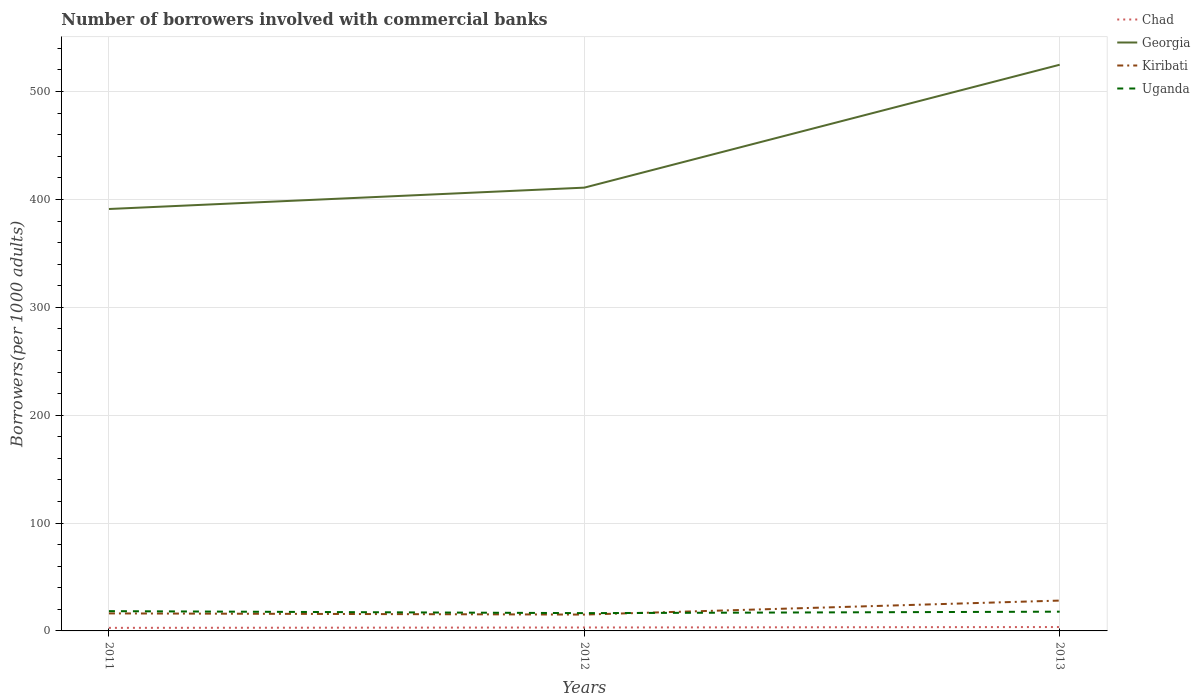
| Years | Chad | Georgia | Kiribati | Uganda |
 | --- | --- | --- | --- | --- |
 | 2011 | 2.84 | 391 | 16.2 | 18.3 |
 | 2012 | 3.18 | 411 | 15.2 | 16.5 |
 | 2013 | 3.59 | 525 | 28.1 | 17.8 |